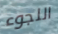
اللجوء